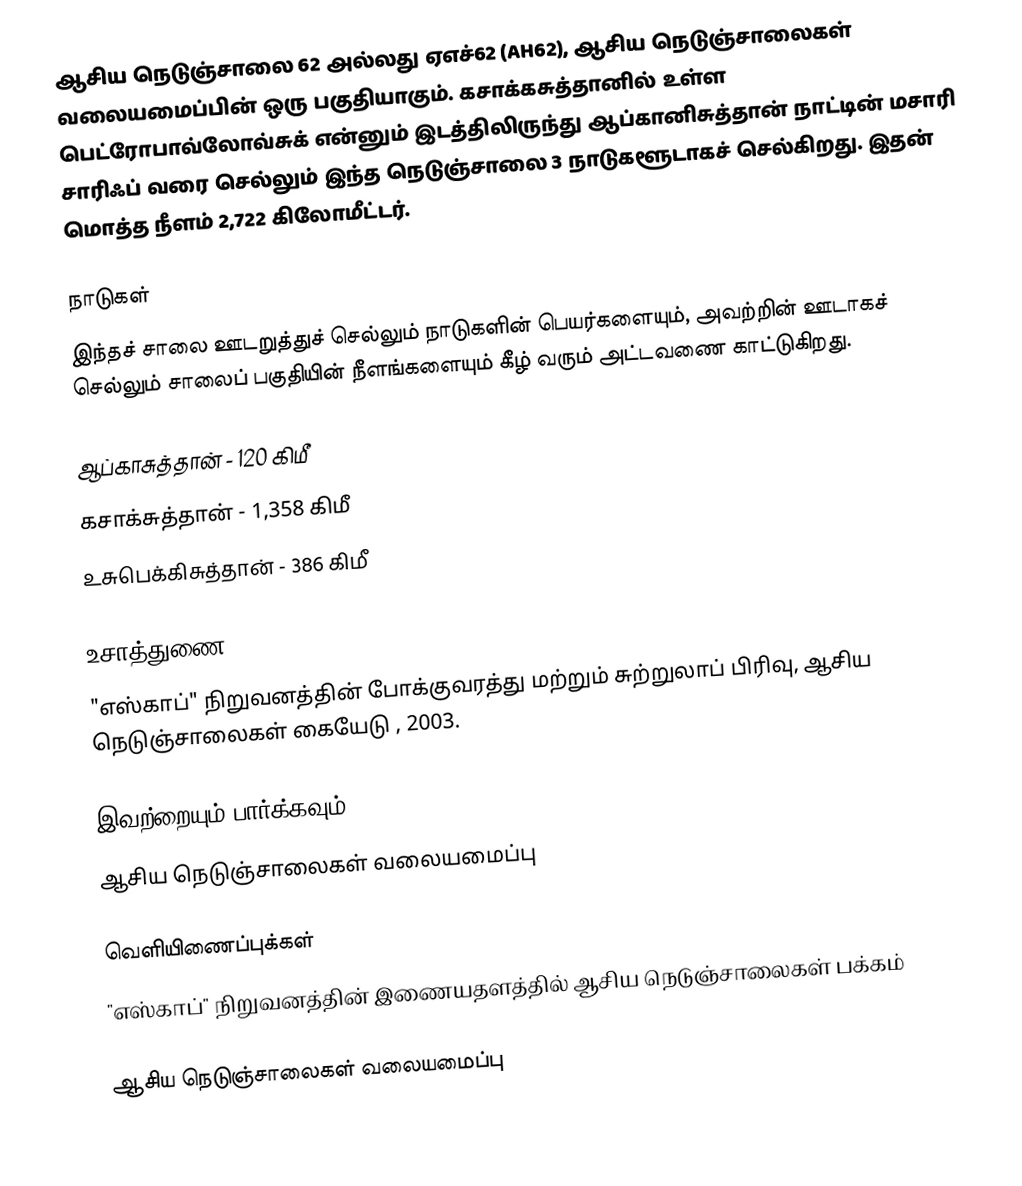
ஆசிய நெடுஞ்சாலை 62 அல்லது ஏஎச்62 (AH62), ஆசிய நெடுஞ்சாலைகள் வலையமைப்பின் ஒரு பகுதியாகும். கசாக்கசுத்தானில் உள்ள பெட்ரோபாவ்லோவ்சுக் என்னும் இடத்திலிருந்து ஆப்கானிசுத்தான் நாட்டின் மசாரி சாரிஃப் வரை செல்லும் இந்த நெடுஞ்சாலை 3 நாடுகளூடாகச் செல்கிறது. இதன் மொத்த நீளம் 2,722 கிலோமீட்டர்.

நாடுகள்
இந்தச் சாலை ஊடறுத்துச் செல்லும் நாடுகளின் பெயர்களையும், அவற்றின் ஊடாகச் செல்லும் சாலைப் பகுதியின் நீளங்களையும் கீழ் வரும் அட்டவணை காட்டுகிறது.

 ஆப்காசுத்தான் - 120 கிமீ
 கசாக்சுத்தான் - 1,358 கிமீ
 உசுபெக்கிசுத்தான் - 386 கிமீ

உசாத்துணை
 "எஸ்காப்" நிறுவனத்தின் போக்குவரத்து மற்றும் சுற்றுலாப் பிரிவு, ஆசிய நெடுஞ்சாலைகள் கையேடு , 2003.

இவற்றையும் பார்க்கவும்
 ஆசிய நெடுஞ்சாலைகள் வலையமைப்பு

வெளியிணைப்புக்கள்
 "எஸ்காப்" நிறுவனத்தின் இணையதளத்தில் ஆசிய நெடுஞ்சாலைகள் பக்கம்

 ஆசிய நெடுஞ்சாலைகள் வலையமைப்பு